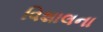
વિશાલના